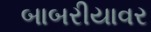
બાબરીયાવર